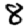
Digit: 8